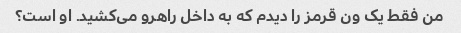
من فقط یک ون قرمز را دیدم که به داخل راهرو می‌کشید. او است؟